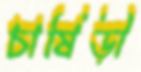
চাষিড়ী